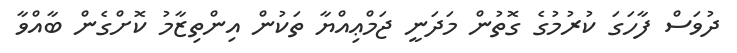
ދުވަސް ފާހަގަ ކުރުމުގެ ގޮތުން މަދަނީ ޖަމްޢިއްޔާ ތަކުން އިންތިޒާމު ކޮށްގެން ބާއްވާ